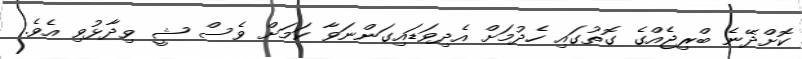
ކޮށްދޭނެ ބްރިޖެއްގެ ގޮތުގައި ހެދުމަށް އެދިވަޑައިގަންނަވާ ކަމަށް ވެސް ޝީ ވިދާޅުވި އެވެ.